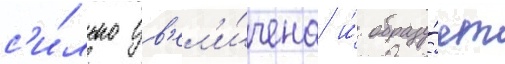
с'и́льно ув'ел'и́чена и́ образу́ет